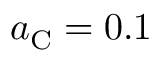
a _ { \mathrm { C } } = 0 . 1